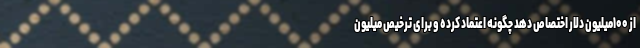
از ۱۰۰میلیون دلار اختصاص دهد چگونه اعتماد کرده و برای ترخیص میلیون